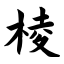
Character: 棱